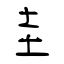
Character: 圭